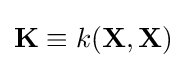
\mathbf {K} \equiv k(\mathbf {X} ,\mathbf {X} )